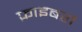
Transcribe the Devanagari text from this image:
फ़ाइबरों